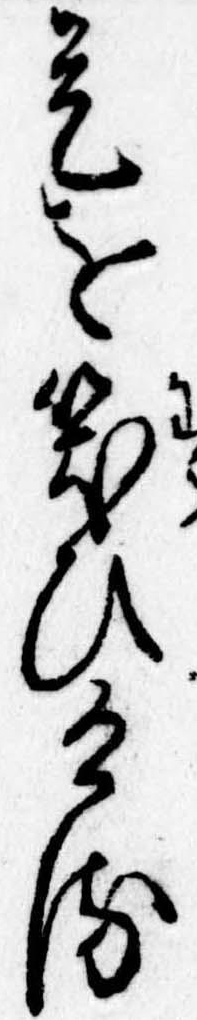
是を笑ひける